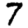
Digit: 7